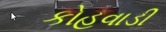
કોહવાડી